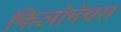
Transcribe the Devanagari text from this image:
फिलोमेचस